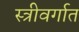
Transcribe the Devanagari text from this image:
स्त्रीवर्गात